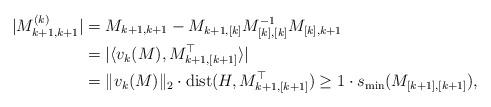
LaTeX: \begin{align*}|M^{(k)}_{k+1,k+1}| &= M_{k+1,k+1} -M_{k+1,[k]} M^{-1}_{[k],[k]} M_{[k],k+1} \\&= | \langle v_k(M), M_{k+1,[k+1]}^\top \rangle | \\&= \|v_k(M)\|_2 \cdot {\rm dist}(H, M_{k+1,[k+1]}^\top)\ge 1 \cdot s_{\min}(M_{[k+1],[k+1]}),\end{align*}